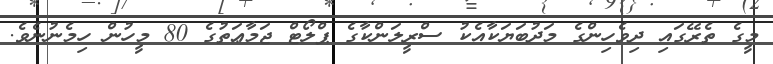
މީގެ ތެރޭގައި ދިވެހިންގެ މަދުބަޔަކާއެކު ސްރީލަންކާގެ ޕްލޯޓް ޖަމާޢަތުގެ 80 މީހުން ހިމެނުނެވެ.